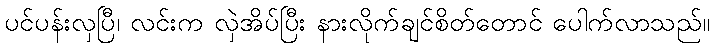
ပင်ပန်းလှပြီ၊ လင်းက လှဲအိပ်ပြီး နားလိုက်ချင်စိတ်တောင် ပေါက်လာသည်။